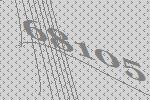
68105